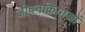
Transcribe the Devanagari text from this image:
जीवनक्रियाओं